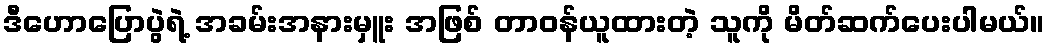
ဒီဟောပြောပွဲရဲ့ အခမ်းအနားမှူး အဖြစ် တာဝန်ယူထားတဲ့ သူကို မိတ်ဆက်ပေးပါမယ်။